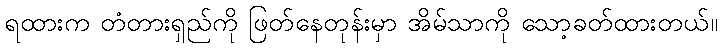
ရထားက တံတားရှည်ကို ဖြတ်နေတုန်းမှာ အိမ်သာကို သော့ခတ်ထားတယ်။